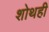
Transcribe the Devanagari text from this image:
शोथही